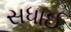
સધાઈ